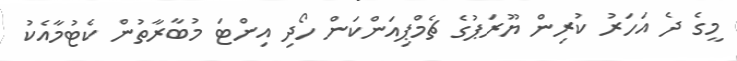
މީގެ ދެ އަހަރު ކުރިން ޔޫރަޕުގެ ޗެމްޕިއަންކަން ހޯދި އިންޓަ މުބާރާތުން ކެޓުމާއެކު